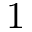
\v { 1 }